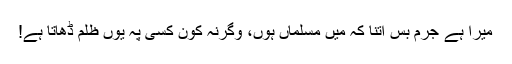
میرا ہے جرم بس اتنا کہ میں مسلماں ہوں، وگرنہ کون کسی پہ یوں ظلم ڈھاتا ہے!